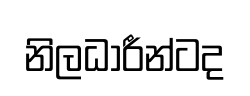
නිලධාරීන්ටද